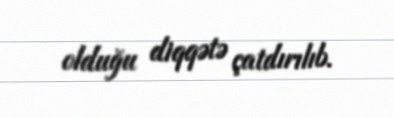
olduğu diqqətə çatdırılıb.